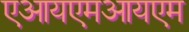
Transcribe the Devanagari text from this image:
एआयएमआयएम